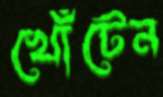
খোঁটেন